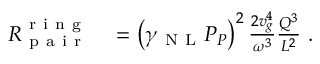
\begin{array} { r l } { R _ { \mathrm { ~ p ~ a ~ i ~ r ~ } } ^ { \mathrm { ~ r ~ i ~ n ~ g ~ } } } & { { } = \left( \gamma _ { \mathrm { ~ N ~ L ~ } } P _ { P } \right) ^ { 2 } \frac { 2 v _ { g } ^ { 4 } } { \omega ^ { 3 } } \frac { Q ^ { 3 } } { L ^ { 2 } } \ . } \end{array}